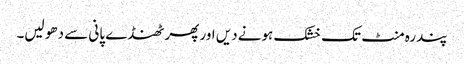
پندرہ منٹ تک خشک ہونے دیں اور پھر ٹھنڈے پانی سے دھو لیں۔